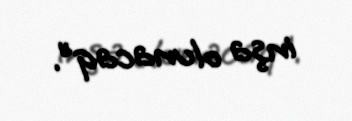
inşa olunacaq”.